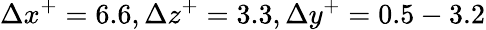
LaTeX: \Delta x^{+}=6.6,\Delta z^{+}=3.3,\Delta y^{+}=0.5-3.2